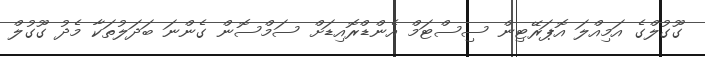
ގޫގުލްގެ އަމިއްލަ އޮޕަރޭޓިން ސިސްޓަމް އެންޑްރޮއިޑަށް ސަމްސޮން ގެންނަ ބަދަލުތަކާ މެދު ގޫގުލް